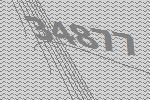
34877